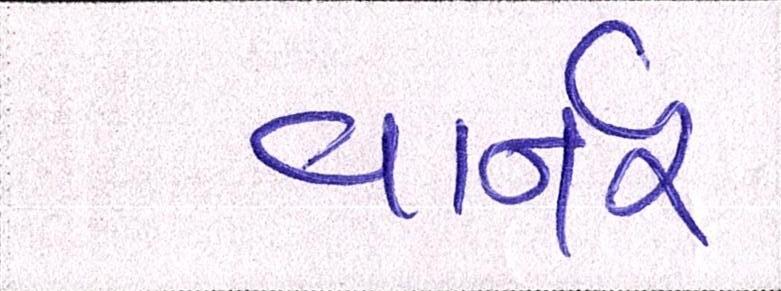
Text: વાર્નર